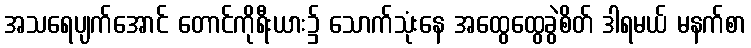
အသရေပျက်အောင် တောင်ကိုရီးယား၌ သောက်သုံးနေ အထွေထွေခွဲစိတ် ဒါရမယ် မနက်စာ